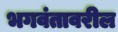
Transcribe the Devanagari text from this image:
भगवंतावरील